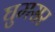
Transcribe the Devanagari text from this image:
घुमसर